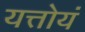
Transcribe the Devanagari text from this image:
यत्तोयं